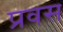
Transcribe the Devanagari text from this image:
प्रवस